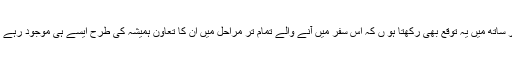
اور ساتھ میں یہ توقع بھی رکھتا ہو ں کہ اس سفر میں آنے والے تمام تر مراحل میں ان کا تعاون ہمیشہ کی طرح ایسے ہی موجود رہے گا۔